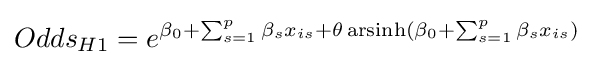
Odds_{H1}=e^{\beta _{0}+\sum _{s=1}^{p}{\beta _{s}x_{is}}+\theta \operatorname {arsinh} (\beta _{0}+\sum _{s=1}^{p}{\beta _{s}x_{is}})}